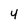
Character: 4